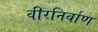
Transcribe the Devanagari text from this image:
वीरनिर्वाण